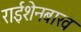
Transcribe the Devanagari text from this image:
राईशेनबाख